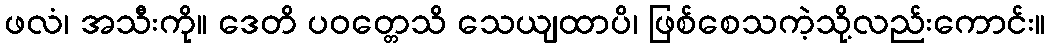
ဖလံ၊ အသီးကို။ ဒေတိ ပဝတ္တေသိ သေယျထာပိ၊ ဖြစ်စေသကဲ့သို့လည်းကောင်း။